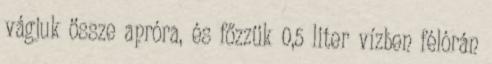
vágjuk össze apróra, és főzzük 0,5 liter vízben félórán